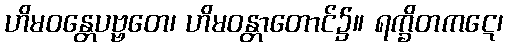
ဟိမဝန္တေပဗ္ဗတေ၊ ဟိမဝန္တာတောင်၌။ ရက္ခိတကဋေ၊